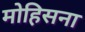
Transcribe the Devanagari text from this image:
मोहिसना